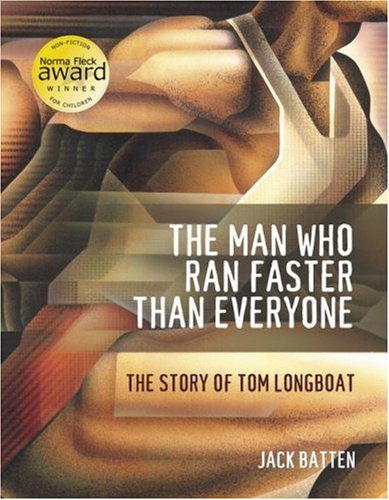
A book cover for The Man Who Ran Faster Than Everyone: The Story of Tom Longboat; Jack Batten; Children's Books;